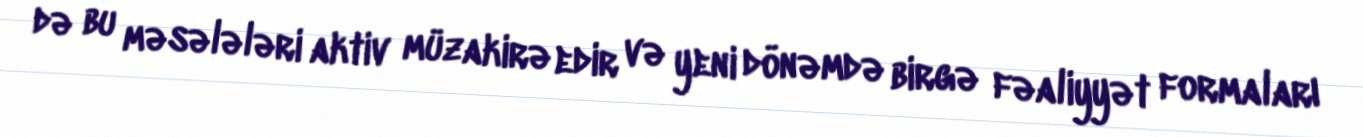
də bu məsələləri aktiv müzakirə edir və yeni dönəmdə birgə fəaliyyət formaları